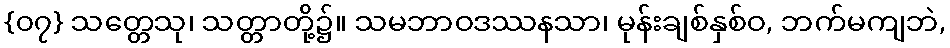
{၀၇} သတ္တေသု၊ သတ္တာတို့၌။ သမဘာဝဒဿနသာ၊ မုန်းချစ်နှစ်ဝ, ဘက်မကျဘဲ,